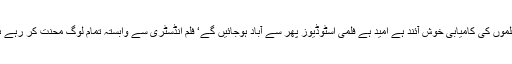
24 جون2018ء) اداکار ریمبو نے کہا ہے کہ عید پر پاکستانی فلموں کی کامیابی خوش آئند ہے امید ہے فلمی اسٹوڈیوز پھر سے آباد ہوجائیں گے‘ فلم انڈسٹری سے وابستہ تمام لوگ محنت کر رہے ہیں آنے والے دنوں میں فلم انڈسٹری پائوں پر کھڑی ہوجائے گی ۔